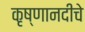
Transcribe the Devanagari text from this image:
कृष्णानदीचे